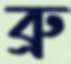
ব্রু